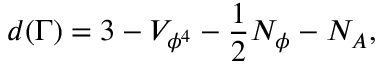
d ( \Gamma ) = 3 - V _ { \phi ^ { 4 } } - \frac { 1 } { 2 } N _ { \phi } - N _ { A } ,